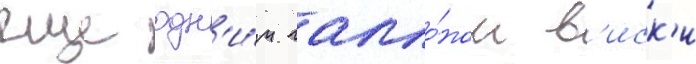
еще одн'и́м галло́ном в'иск'и